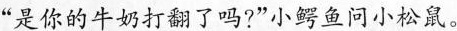
”是你的牛奶打翻了吗?”小鳄鱼问小松鼠。